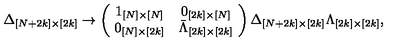
\Delta _ { [ N + 2 k ] \times [ 2 k ] } \rightarrow \left( \! \begin{array} { c c } { 1 _ { [ N ] \times [ N ] } } & { 0 _ { [ 2 k ] \times [ N ] } } \\ { 0 _ { [ N ] \times [ 2 k ] } } & { \bar { \Lambda } _ { [ 2 k ] \times [ 2 k ] } } \\ \end{array} \! \right) \Delta _ { [ N + 2 k ] \times [ 2 k ] } \Lambda _ { [ 2 k ] \times [ 2 k ] } ,